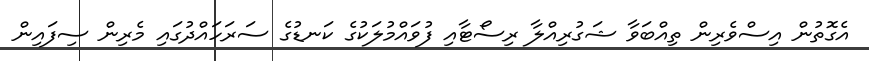
އެގޮތުން އިސްވެރިން ތިއްބަވާ ޝަގުރިއްލާ ރިސޯޓާއި ފުވައްމުލަކުގެ ކަނޑުގެ ސަރަހައްދުގައި މެރިން ސިފައިން